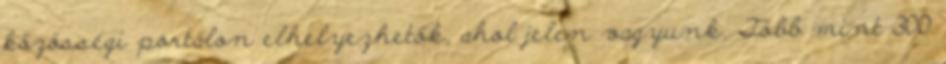
közösségi portálon elhelyezhetők, ahol jelen vagyunk. Több mint 300